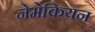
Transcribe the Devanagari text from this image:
नेमेकियन